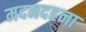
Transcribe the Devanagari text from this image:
मदनदहना